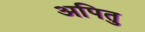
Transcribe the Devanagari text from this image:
अपितु